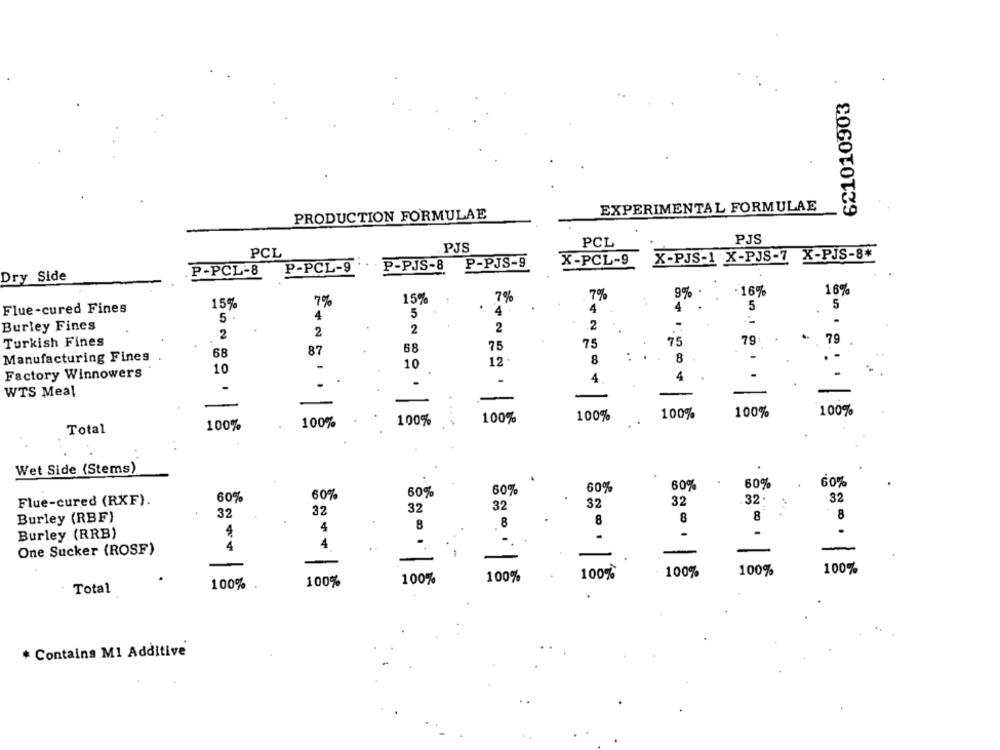
621010903
.
EXPERIMENTAL FORMULAE
PRODUCTION FORMULAE
PJS
PJS
PCL
PCL
P-PJS-9
X-PCL-9
X-PJS-1 X-PJS-7 X-PJS-8+
P-PCL-9
P-PJS-8
Dry Side
P-PCL-8
·16%
16%
15%
7%
7%
9%
15%
7%
4
4
5
5
Flue-cured Fines
4
5
4 .
5
.1
Burley Fines
2
2
2
2
-
2
Turkish Fines
75
75
79:
79
68
87
68
75
Manufacturing Fines
8
8
-
10
12
Factory Winnowers
10
4
-
.
-
4
-
WTS Meal
100%
100%
100%
100%
100%
100%
100%
100%
Total
Wet Side (Stems)
60%
60%
60%
60%
60%
60%
60%
Flue-cured (RXF).
60%
32
32
32
32
32
32
Burley (RBF)
32
32
8
8
8
8
8
8
4
Burley (RRB)
-.
4
4
One Sucker (ROSF)
-
-
-
100%
100
100%
100%
100%
100%
100%
100%
Total
* Contains M1 Additive